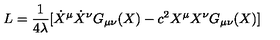
L = { \frac { 1 } { 4 { \lambda } } } [ { \dot { X } ^ { \mu } } { \dot { X } ^ { \nu } } G _ { \mu \nu } ( X ) - c ^ { 2 } { X ^ { \mu } } { X ^ { \nu } } G _ { \mu \nu } ( X ) ]